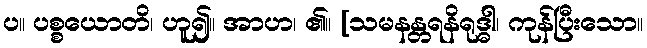
ပ။ ပစ္စယောတိ၊ ဟူ၍။ အာဟ၊ ၏။ [သမနန္တရနိရုဒ္ဓါ၊ ကုန်ပြီးသော။